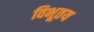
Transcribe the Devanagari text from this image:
विभूतय